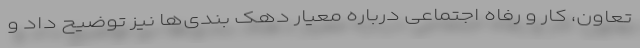
تعاون، کار و رفاه اجتماعی درباره معیار دهک بندی‌ها نیز توضیح داد و